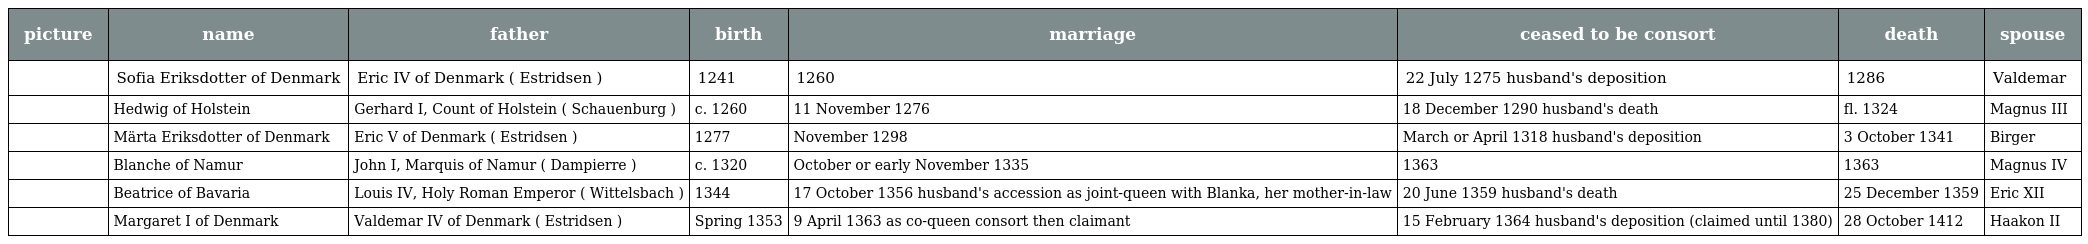
| picture | name | father | birth | marriage | ceased to be consort | death | spouse |
 | --- | --- | --- | --- | --- | --- | --- | --- |
 |  | Sofia Eriksdotter of Denmark | Eric IV of Denmark ( Estridsen ) | 1241 | 1260 | 22 July 1275 husband's deposition | 1286 | Valdemar |
 |  | Hedwig of Holstein | Gerhard I, Count of Holstein ( Schauenburg ) | c. 1260 | 11 November 1276 | 18 December 1290 husband's death | fl. 1324 | Magnus III |
 |  | Märta Eriksdotter of Denmark | Eric V of Denmark ( Estridsen ) | 1277 | November 1298 | March or April 1318 husband's deposition | 3 October 1341 | Birger |
 |  | Blanche of Namur | John I, Marquis of Namur ( Dampierre ) | c. 1320 | October or early November 1335 | 1363 | 1363 | Magnus IV |
 |  | Beatrice of Bavaria | Louis IV, Holy Roman Emperor ( Wittelsbach ) | 1344 | 17 October 1356 husband's accession as joint-queen with Blanka, her mother-in-law | 20 June 1359 husband's death | 25 December 1359 | Eric XII |
 |  | Margaret I of Denmark | Valdemar IV of Denmark ( Estridsen ) | Spring 1353 | 9 April 1363 as co-queen consort then claimant | 15 February 1364 husband's deposition (claimed until 1380) | 28 October 1412 | Haakon II |